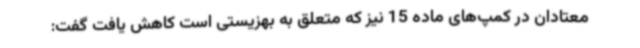
معتادان در کمپ‌های ماده 15 نیز که متعلق به بهزیستی است کاهش یافت گفت: